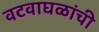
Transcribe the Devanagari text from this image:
वटवाघळांची